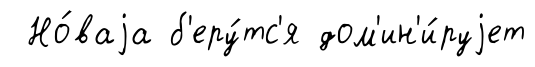
Но́ваjа б'еру́тс'я дом'ин'и́руjет